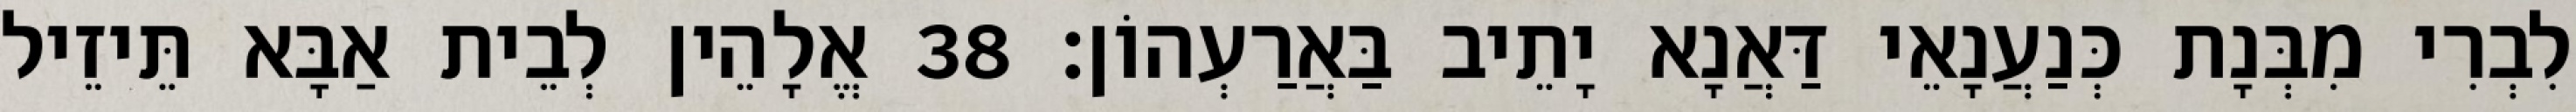
לִבְרִי מִבְּנָת כְּנַעֲנָאֵי דַּאֲנָא יָתֵיב בַּאֲרַעְהוֹן׃ 38 אֱלָהֵין לְבֵית אַבָּא תֵּיזֵיל